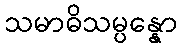
သမာဓိသမ္ပန္နော